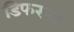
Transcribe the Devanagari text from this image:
डिफरन्स